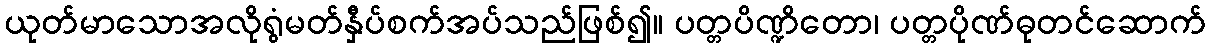
ယုတ်မာသောအလိုရွံမတ်နှီပ်စက်အပ်သည်ဖြစ်၍။ ပတ္တပိဏ္ဍိတော၊ ပတ္တပိုဏ်ဓုတင်ဆောက်